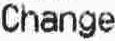
CHANGE